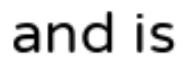
and is